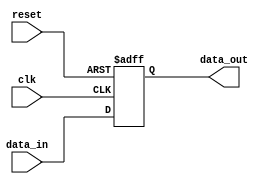
module RC_Delay (
    input wire clk, // System clock
    input wire reset, // Reset signal
    input wire [7:0] data_in, // Input data signal
    output reg [7:0] data_out // Output data signal with delay
);

reg [7:0] data_delayed;

always @(posedge clk or posedge reset) begin
    if (reset) begin
        data_delayed <= 8'b0; // Reset delay signal
    end else begin
        // Apply RC delay here based on resistance and capacitance values
        // For simplicity, we will just model a single cycle delay
        data_delayed <= data_in;
    end
end

assign data_out = data_delayed;

endmodule